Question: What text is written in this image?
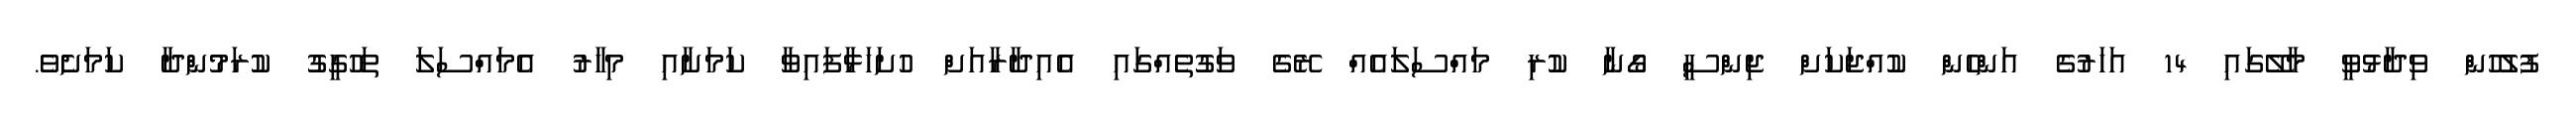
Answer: ފުލުހުން ވިދާޅުވީ މާލޭގައި 14 އަހަރުގެ އަންހެން ކުއްޖަކަށް ޖިންސީ ގޯނާ ކުރި މައްސަލައެއް ރޭގެ ވަގުތެއްގައި އެއިދާރާއަށް ހުށަހަޅާފައިވާ ކަމަށާއި މިހާރު އެމައްސަލަ ތަހުގީގު ކުރަމުންދާ ކަމަށެވެ.